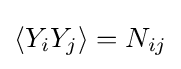
\left\langle Y_{i}Y_{j}\right\rangle =N_{ij}